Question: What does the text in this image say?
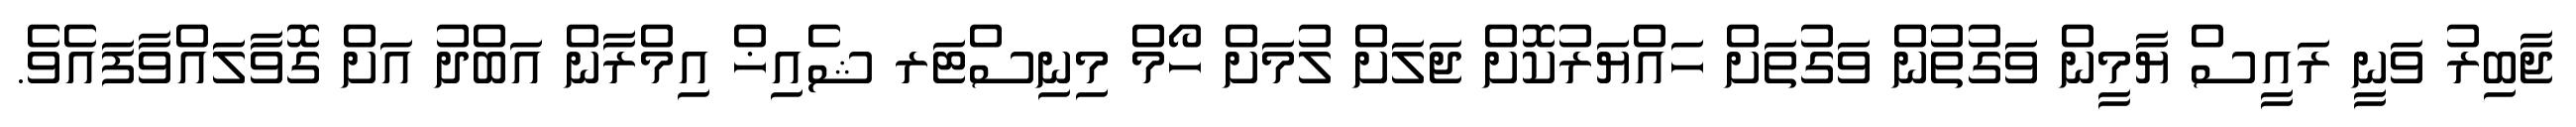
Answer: ޖާބިރު ވަނީ ރައީސް ޔާމީން ވަގުތުން ވަގުތަށް ހައްޔަރުކޮށް ޖަލަށް ލުމަށް ހޯމް މިނިސްޓަރ ޝެއިޚް އިމްރާން އަބްދު އަށް ގޮވާލައްވާފައެވެ.